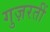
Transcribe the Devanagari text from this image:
गुज़रतीं